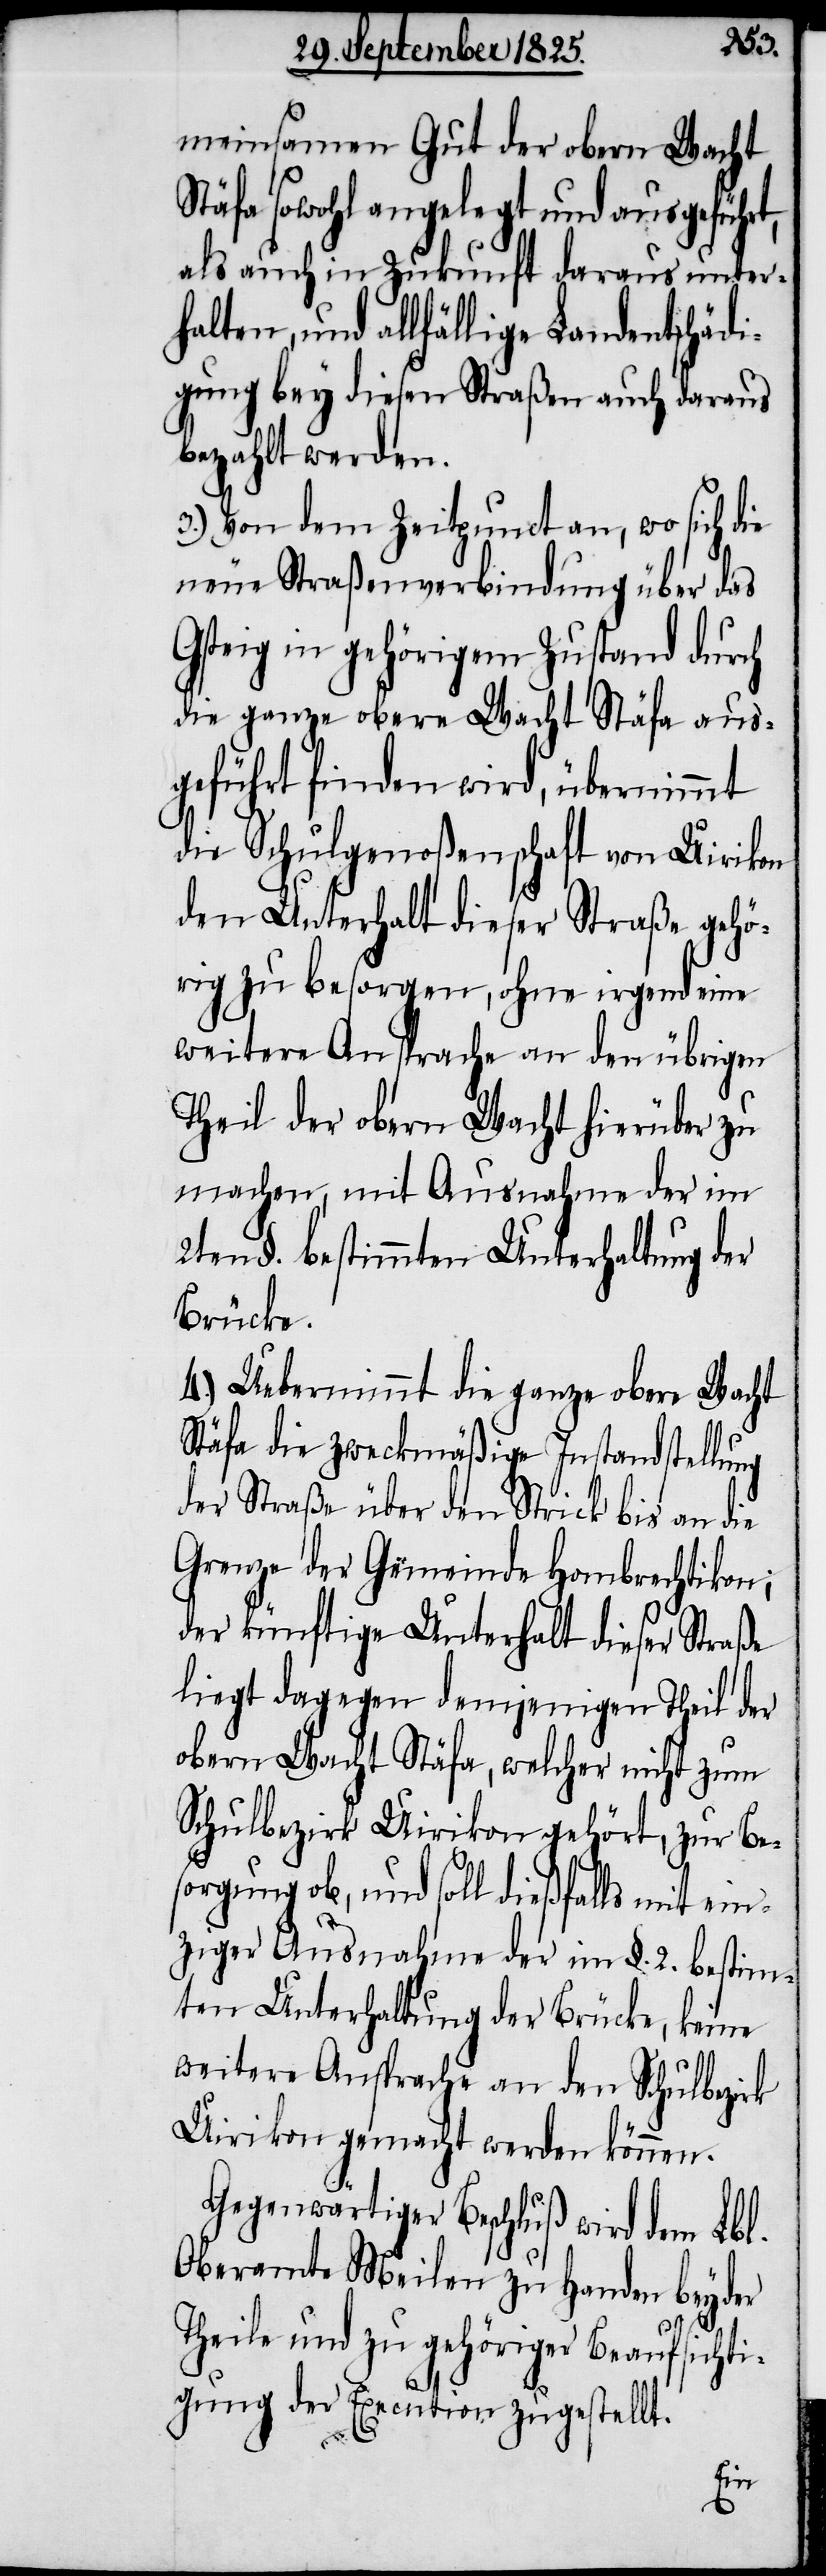
meinsamen Gut der obern Wacht
Stäfa sowohl angelegt und ausgeführt,
als auch in Zukunft daraus unter¬
halten, und allfällige Landentschädi¬
gung bey diesen Straßen auch daraus
bezahlt werden.
3.) Von dem Zeitpunct an, wo sich die
neue Straßenverbindung über das
Gsteig in gehörigem Zustand durch
die ganze obere Wacht Stäfa aus¬
geführt finden wird, übernimmt
die Schulgenoßenschaft von Uirikon
den Unterhalt dieser Straße gehö¬
rig zu besorgen, ohne irgend eine
weitere Ansprache an den übrigen
Theil der obern Wacht hierüber zu
machen, mit Ausnahme der im
2ten §. bestimmten Unterhaltung der
Brücke.
4.) Uebernimmt die ganze obere Wacht
Stäfa die zweckmäßige Instandstellung
der Straße über den Strick bis an die
Grenze der Gemeinde Hombrechtikon;
der künftige Unterhalt dieser Straße
liegt dagegen demjenigen Theil der
obern Wacht Stäfa, welcher nicht zum
Schulbezirk Uirikon gehört, zur Be¬
sorgung ob, und soll dießfalls mit ein¬
ziger Ausnahme der im §. 2. bestimm¬
ten Unterhaltung der Brücke, keine
weitere Ansprache an den Schulbezirk
Uirikon gemacht werden können.
Gegenwärtiger Beschluß wird dem Lbl.
Oberamte Meilen zu Handen beyder
Theile und zu gehöriger Beaufsichti¬
gung der Execution zugestellt.